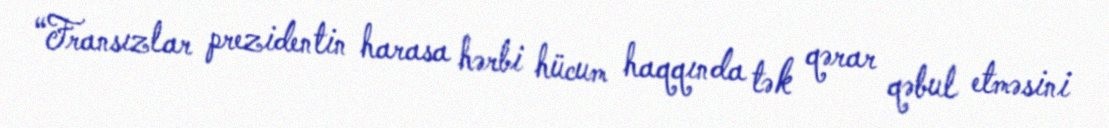
“Fransızlar prezidentin harasa hərbi hücum haqqında tək qərar qəbul etməsini